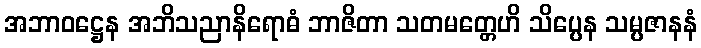
အဘာဝဋ္ဌေန အဘိသညာနိရောဓံ ဘာဇိတာ သတမတ္တေဟိ သိပ္ပေန သမ္ပဇာနနံ